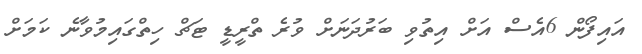
އައިފޯން 6އެސް އަށް އިތުވި ބަރުދަނަށް ވުރެ ތްރީޑީ ޓަޗް ހިތްގައިމުވާނެ ކަމަށް